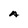
Character: A